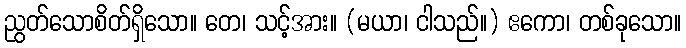
ညွတ်သောစိတ်ရှိသော။ တေ၊ သင့်အား။ (မယာ၊ ငါသည်။) ဧကော၊ တစ်ခုသော။